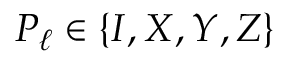
P _ { \ell } \in \{ I , X , Y , Z \}